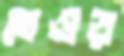
তেওড়